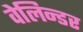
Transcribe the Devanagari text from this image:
वेलिन्डर